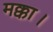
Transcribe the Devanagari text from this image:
मक्का।